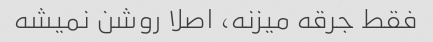
فقط جرقه میزنه، اصلا روشن نمیشه